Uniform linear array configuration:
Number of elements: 12
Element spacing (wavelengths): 0.75
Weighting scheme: blackman
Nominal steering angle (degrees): -60
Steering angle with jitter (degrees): -61.83
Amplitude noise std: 0.05
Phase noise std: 0.05

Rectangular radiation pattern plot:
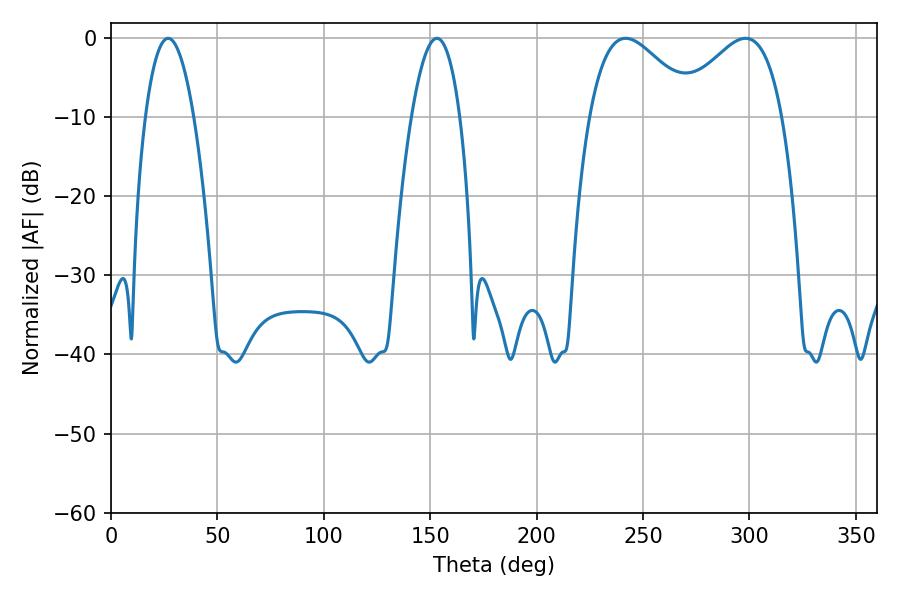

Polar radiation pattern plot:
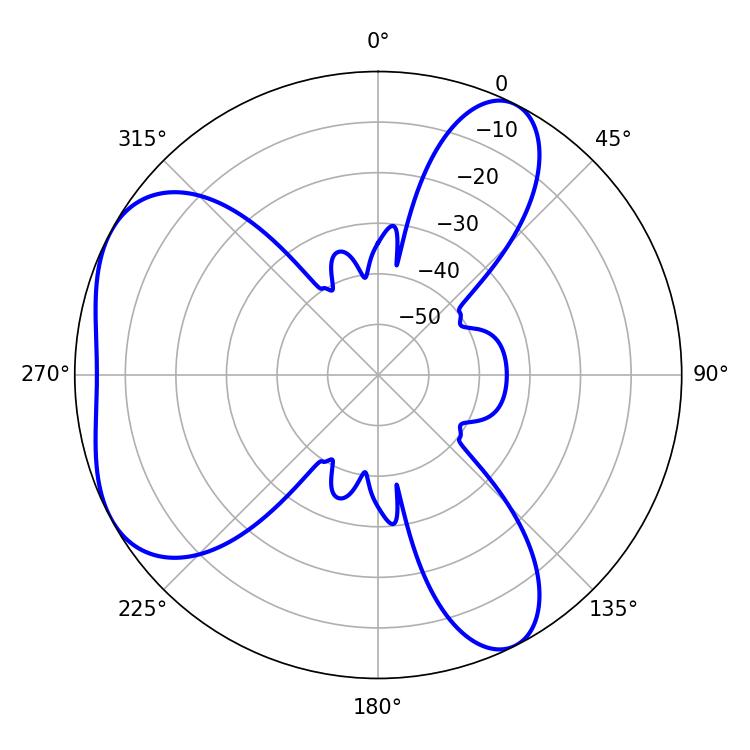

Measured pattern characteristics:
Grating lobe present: TRUE
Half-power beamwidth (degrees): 12.6
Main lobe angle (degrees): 26.82